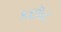
કછૉટ